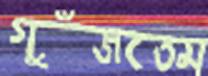
গুঁজতেম